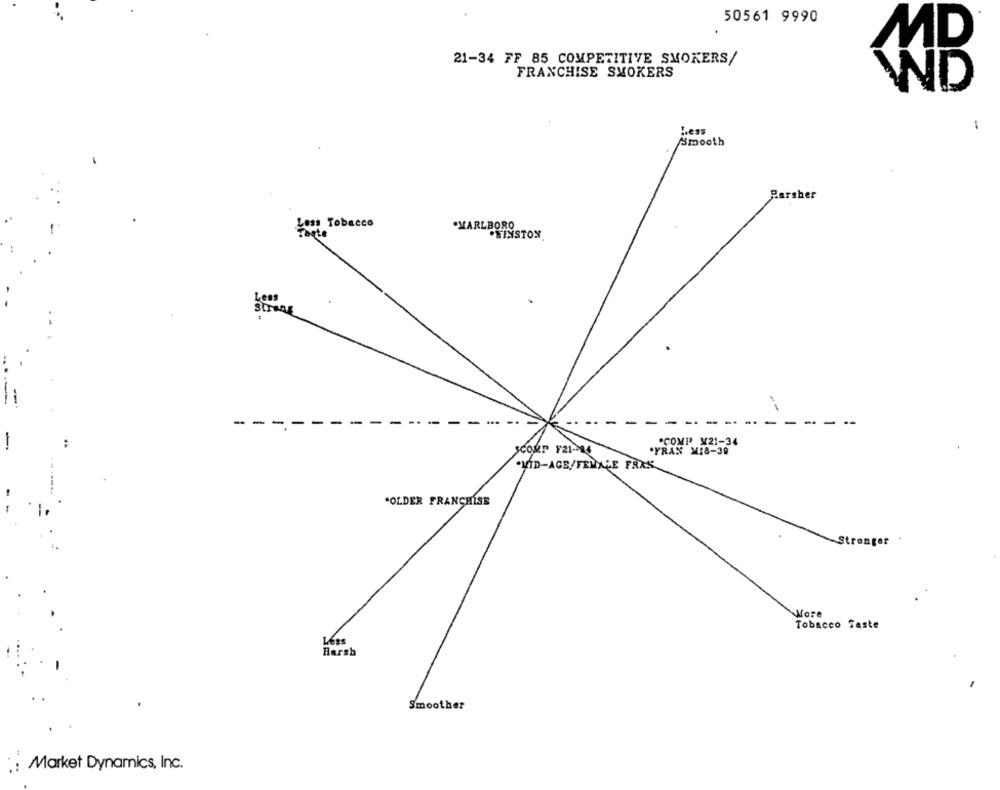
50561 9990
MD
21-34 FF 85 COMPETITIVE SMOKERS/
FRANCHISE SMOKERS
Less
Smooth
- Tobacco
.MARLBORO
WINSTON
.
- - -
"COMP ¥21-34
COMP F21-84
YRAN M18-30
.VID-AGE/FEMALE FRAK.
*OLDER FRANCHISE
Stronger
WMore
Tobacco Taste
Léss
Harsh
Smoother
:: Market Dynamics, Inc.